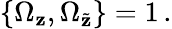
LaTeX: {\{ \Omega_{\mathbf{z}},\Omega_{\tilde{{\mathbf{z}}}}\} }=1\, .